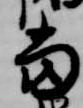
当